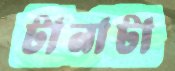
টানাটা